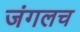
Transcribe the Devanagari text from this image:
जंगलच